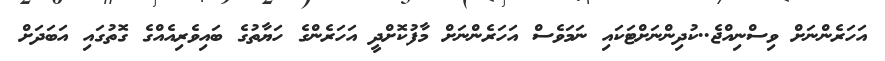
އަހަރެންނަށް ވިސްނިއްޖެ..ކުދިންނަށްޓަކައި ނަމަވެސް އަހަރެންނަށް މާފުކޮށްދީ އަހަރެންގެ ހަޔާތުގެ ބައިވެރިއެއްގެ ގޮތުގައި އަބަދަށް